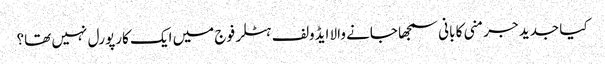
کیا جدید جرمنی کا بانی سمجھا جانے والا ایڈولف ہٹلر فوج میں ایک کارپورل نہیں تھا؟